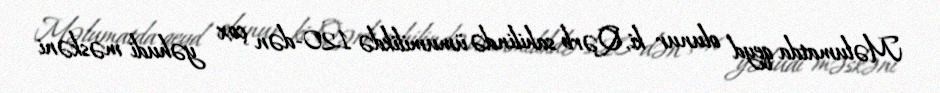
Məlumatda qeyd olunur ki, Qərb sahilində ümumilikdə 120-dən çox yəhudi məskəni